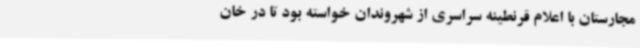
مجارستان با اعلام قرنطینه سراسری از شهروندان خواسته بود تا در خان